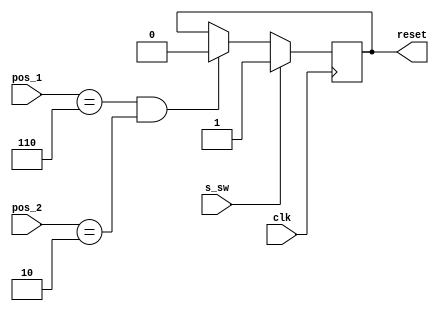
module reset_pos(
    input clk,
    input s_sw,
    input [2:0]pos_1,
    input [2:0]pos_2,
    output reset
    );
    
    reg reset_state;
    assign reset = reset_state;
    
    
    always @(posedge clk)
    if(s_sw)
    begin
    reset_state = 1;
    end
    else
    begin
    if ((pos_1 == 3'b110)&&(pos_2 == 3'b010))
    reset_state = 0;
    end
        
endmodule